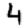
Digit: 4